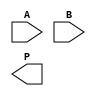
module AdaptiveWallaceTreeMultiplier #(parameter N = 8) (
    input [N-1:0] A,
    input [N-1:0] B,
    output reg [2*N-1:0] P
);

    // Partial product generation
    wire [N-1:0] pp [0:N-1]; // Partial products
    genvar i, j;
    generate
        for (i = 0; i < N; i = i + 1) begin : pp_gen
            assign pp[i] = A & {N{B[i]}}; // AND operation to generate partial products
        end
    endgenerate

    // Reduction stage using Wallace tree structure
    wire [N-1:0] sum [0:N-1]; // Sums for each layer
    wire [N-1:0] carry [0:N-1]; // Carries for each layer
    wire [N-1:0] final_sum, final_carry;

    // Initial layer reduction
    generate
        for (i = 0; i < N; i = i + 1) begin : reduction_layer
            if (i < N-1) begin
                // Full adder for three inputs
                assign {carry[i], sum[i]} = pp[i] + pp[i+1] + pp[i+2];
            end else begin
                assign sum[i] = pp[i];
                assign carry[i] = 0;
            end
        end
    endgenerate

    // Final addition of the last two rows
    assign {final_carry, final_sum} = sum[N-2] + sum[N-1] + carry[N-2];

    // Output stage
    always @(*) begin
        P = {final_carry, final_sum}; // Concatenate carry and sum for final product
    end

endmodule